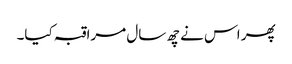
پھر اس نے چھ سال مراقبہ کیا۔